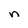
Character: n